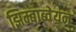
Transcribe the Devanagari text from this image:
झिम्बाब्वेयन